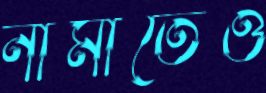
নামাতেও